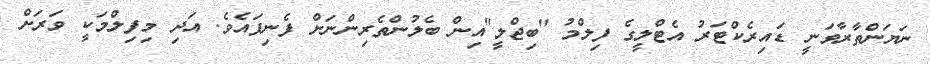
ނަޔަންތާރާވަނީ ޑައިރެކްޓަރު އެޓްލީގެ ފިލްމު "ބިޖްލީ"އިން ބެލުންތެރިންނަށް ފެނިފައެވެ. އަދި މިފިލްމަކީ ވަރަށް